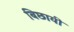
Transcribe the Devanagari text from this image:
बिछायी